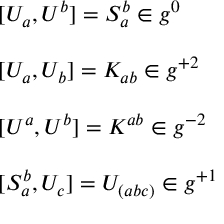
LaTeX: \begin{array} { l } { { { [ } U _ { a } , U ^ { b } { ] } = S _ { a } ^ { b } \in g ^ { 0 } } } \\ { { \ } } \\ { { { [ } U _ { a } , U _ { b } { ] } = K _ { a b } \in g ^ { + 2 } } } \\ { { \ } } \\ { { { [ } U ^ { a } , U ^ { b } { ] } = K ^ { a b } \in g ^ { - 2 } } } \\ { { \ } } \\ { { { [ } S _ { a } ^ { b } , U _ { c } { ] } = U _ { ( a b c ) } \in g ^ { + 1 } } } \end{array}